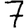
Digit: 7